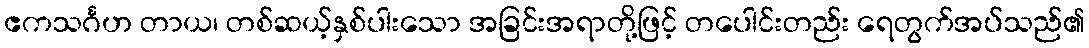
ဧကသင်္ဂဟ တာယ၊ တစ်ဆယ့်နှစ်ပါးသော အခြင်းအရာတို့ဖြင့် တပေါင်းတည်း ရေတွက်အပ်သည်၏